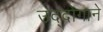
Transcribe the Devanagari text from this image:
उद्दोगाने